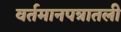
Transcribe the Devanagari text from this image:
वर्तमानपत्रातली